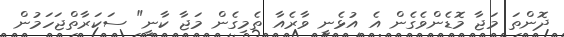
ދޮންތަ މަޖާ މޮޑެންވެގެން އެ އުޅެނީ ވާރެއާ ތެމިގެން މަޖާ ކާނީ" ސަކަރާތްޖަހަމުން